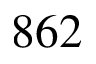
8 6 2